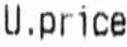
U.PRICE